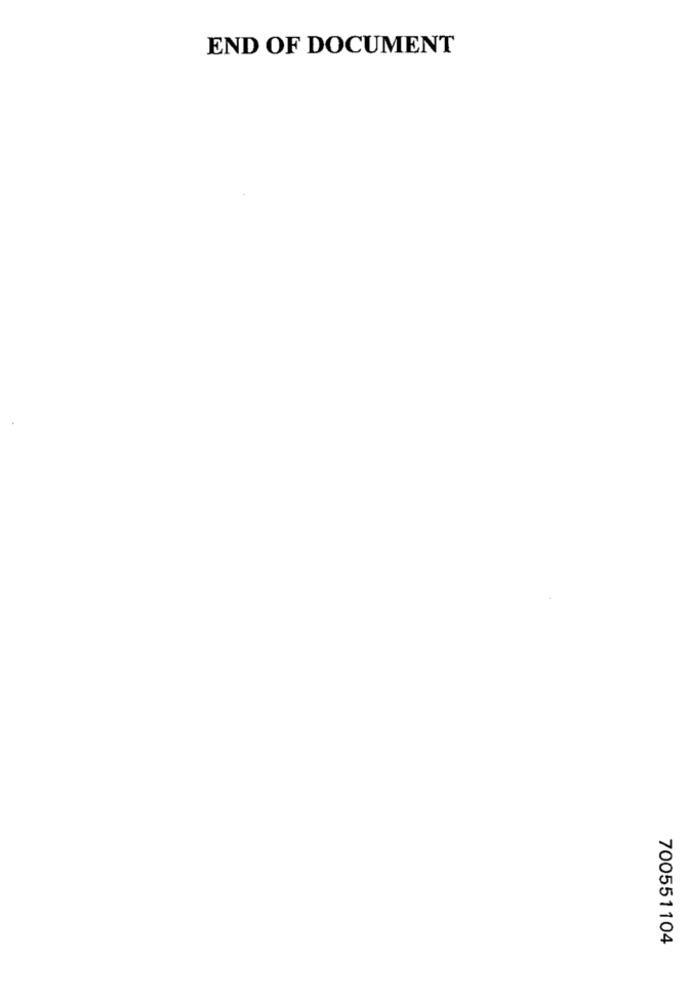
END OF DOCUMENT
700551104